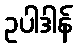
ဥပါဒါန်